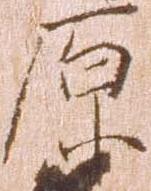
原